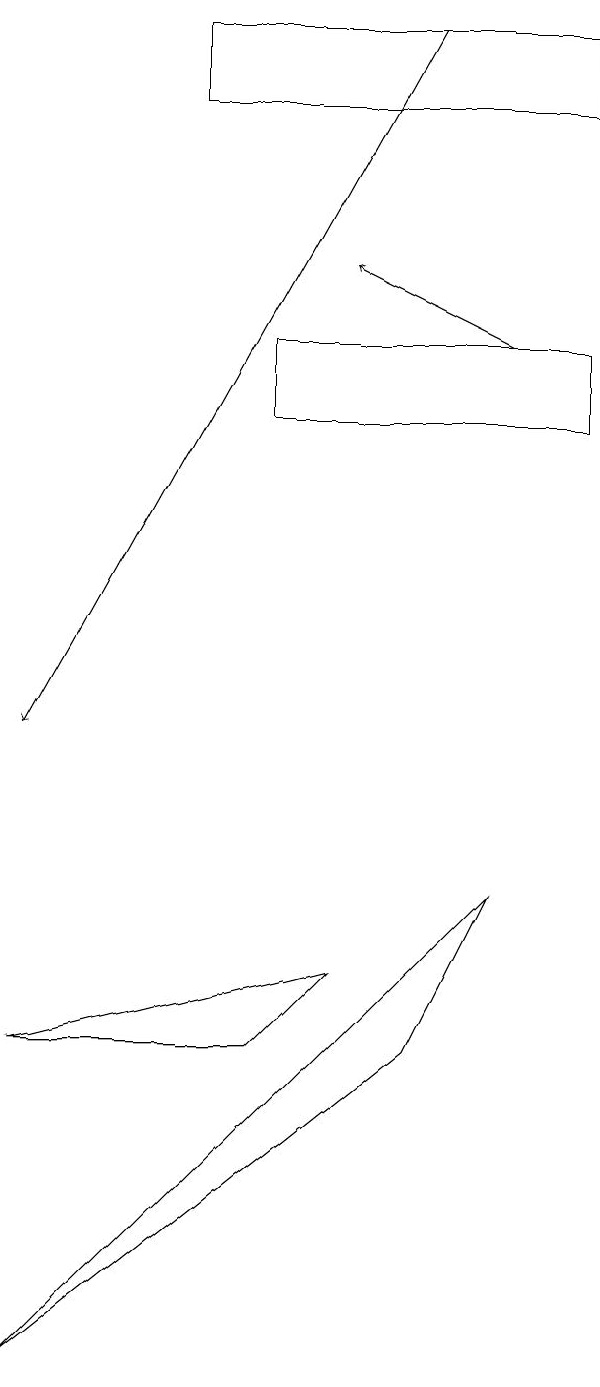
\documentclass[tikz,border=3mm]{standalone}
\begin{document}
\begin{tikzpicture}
\draw[->] (5,19) -- (0,10);
\draw (0,2) -- (5,6) -- (6,8) -- cycle;
\draw (7,14) rectangle (3,15);
\draw (0,6) -- (3,6) -- (4,7) -- cycle;
\draw[->] (6,15) -- (4,16);
\draw (7,19) rectangle (2,18);
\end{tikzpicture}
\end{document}